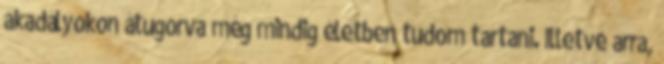
akadályokon átugorva még mindig életben tudom tartani. Illetve arra,